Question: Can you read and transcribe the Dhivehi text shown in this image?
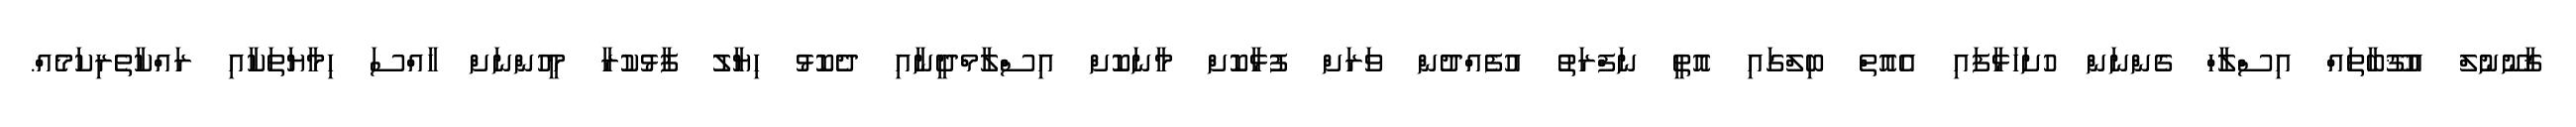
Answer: ޤާނޫނުލް އުޤޫބާތައް އިސްލާހް ގެންނަން ހުށަހަޅާފައި އެއޮތް ބިލްގައި އޮތީ ނަފްރަތު އުފެއްދުން ވަރަށް ފުޅާކޮށް މާނަކޮށް އިސްލާމްދީނާއި ދެކޮޅު ހިޔާލު ފާޅުކުރާ މީހުންނަށް ހާއްސަ ހިމާޔަތަކާއި ރައްކާތެރިކަމެއް.